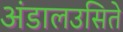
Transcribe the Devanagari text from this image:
अंडालउसिते